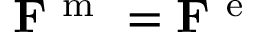
{ \bf F } ^ { \mathrm { ~ m ~ } } = { \bf F } ^ { \mathrm { ~ e ~ } }